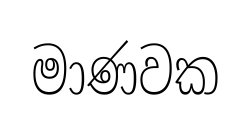
මාණවක